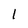
Character: 1